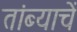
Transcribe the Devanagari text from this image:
तांब्याचें